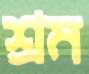
শ্রম